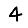
Digit: 4